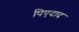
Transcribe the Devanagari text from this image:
पिएदाद